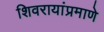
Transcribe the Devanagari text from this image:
शिवरायांप्रमाणे